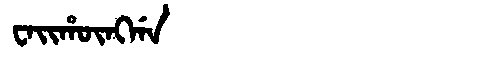
Manchu: ᠸᠠᡳᡥᡡᠩᡤᠠ
Romanization: WAIHŪNGGA